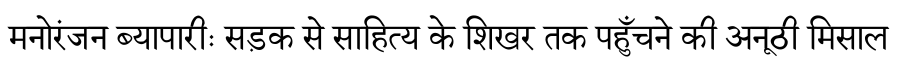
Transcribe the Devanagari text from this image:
मनोरंजन ब्यापारीः सड़क से साहित्य के शिखर तक पहुँचने की अनूठी मिसाल